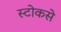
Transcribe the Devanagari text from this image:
स्टोकसे